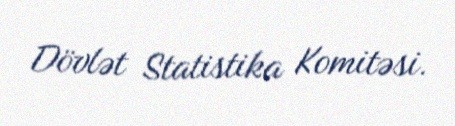
Dövlət Statistika Komitəsi.